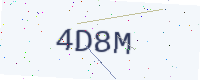
Text: 4D8M